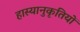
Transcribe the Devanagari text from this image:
हास्यानुकृतियों